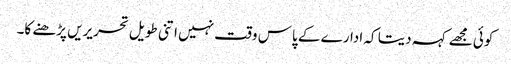
کوئی مجھے کہہ دیتا کہ ادارے کے پاس وقت نہیں اتنی طویل تحریریں پڑھنے کا۔